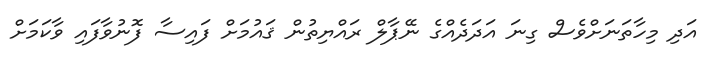
އަދި މިހާތަނަށްވެސް ގިނަ އަދަދެއްގެ ނޭޕާލް ރައްޔިތުން ޤައުމަށް ފައިސާ ފޮނުވާފައި ވާކަމަށް